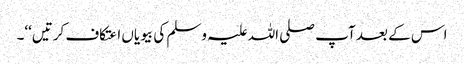
اس کے بعد آپ صلی اللہ علیہ وسلم کی بیویاں اعتکاف کرتیں‘‘۔